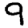
Digit: 9